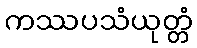
ကဿပသံယုတ္တံ